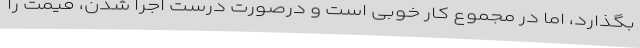
بگذارد، اما در مجموع کار خوبی‌ است و درصورت درست اجرا شدن، قیمت را